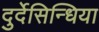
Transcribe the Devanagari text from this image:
दुर्देसिन्धिया